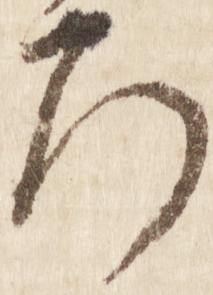
ろ